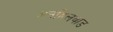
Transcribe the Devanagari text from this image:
अनहिलवाड